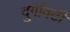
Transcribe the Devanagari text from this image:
दुर्गावटी